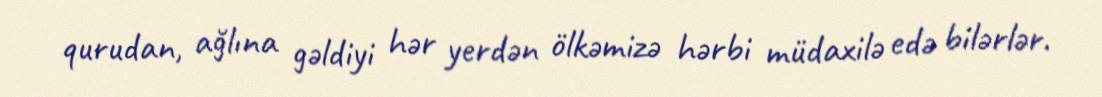
qurudan, ağlına gəldiyi hər yerdən ölkəmizə hərbi müdaxilə edə bilərlər.